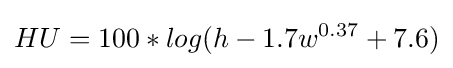
HU=100*log(h-1.7w^{0.37}+7.6)